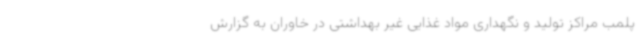
پلمب مراکز تولید و نگهداری مواد غذایی غیر بهداشتی در خاوران به گزارش